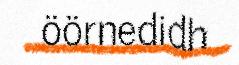
öörnedidh